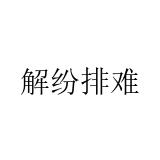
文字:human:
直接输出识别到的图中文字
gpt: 解纷排难